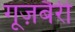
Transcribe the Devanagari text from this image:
गूज़बैरी